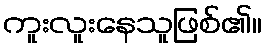
ကူးလူးနေသူဖြစ်၏။